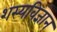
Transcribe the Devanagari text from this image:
शस्यविज्ञान